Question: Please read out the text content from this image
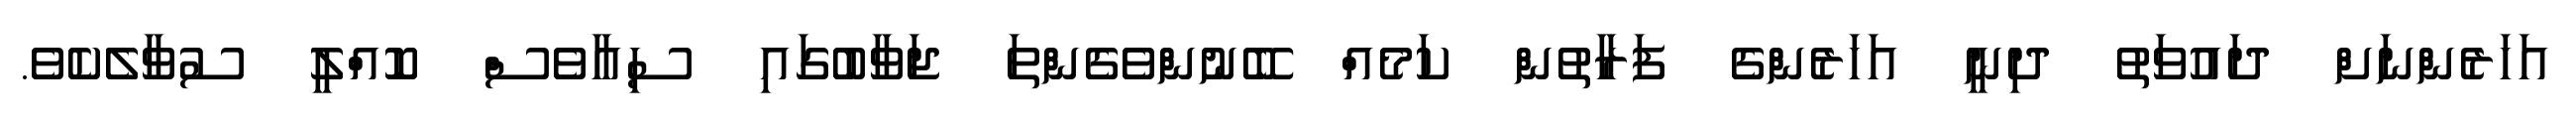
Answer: އަހަރެންނަށް ދައުވަތު ދިނީ އަހަރެންގެ ފަރާތުން ކަމެއް ބޭނުންވެގެންތަ ޖަވާބުގައި ސިއާވެސް ކޮއްލީ ސުވާލެކެވެ.